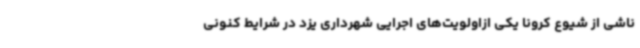
ناشی از شیوع کرونا یکی ازاولویت‌های اجرایی شهرداری یزد در شرایط کنونی